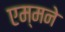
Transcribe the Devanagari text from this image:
एम्मने